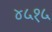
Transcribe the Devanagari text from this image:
४५१५